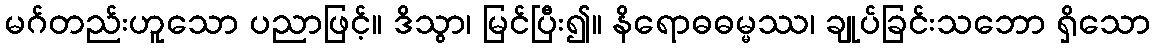
မဂ်တည်းဟူသော ပညာဖြင့်။ ဒိသွာ၊ မြင်ပြီး၍။ နိရောဓဓမ္မဿ၊ ချုပ်ခြင်းသဘော ရှိသော